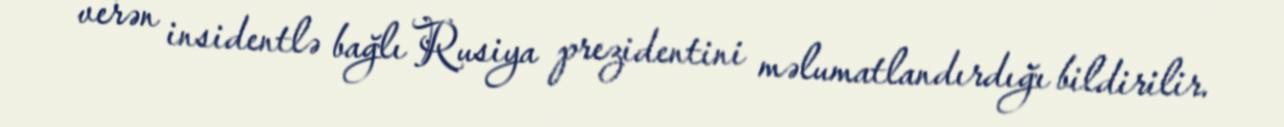
verən insidentlə bağlı Rusiya prezidentini məlumatlandırdığı bildirilir.